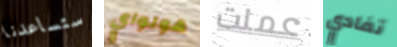
ستساعدنا هولواي عملت تفادي